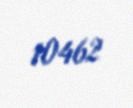
10462